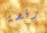
رقصة